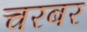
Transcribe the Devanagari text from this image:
चरबर